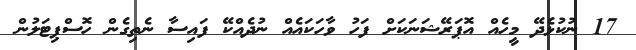
17 ނުކުޅެދޭ މީހެއް އޮޕަރޭޝަނަކަށް ފަހު ވާހަކައެއް ނުދެއްކޭ ފައިސާ ނެތިގެން ހޮސްޕިޓަލުން